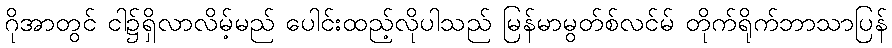
ဂိုအာတွင် ငါ၌ရှိလာလိမ့်မည် ပေါင်းထည့်လိုပါသည် မြန်မာမွတ်စ်လင်မ် တိုက်ရိုက်ဘာသာပြန်